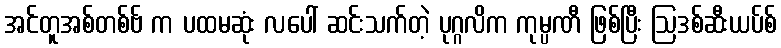
အင်တူအစ်တစ်ဗ် က ပထမဆုံး လပေါ် ဆင်းသက်တဲ့ ပုဂ္ဂလိက ကုမ္ပဏီ ဖြစ်ပြီး ဩဒစ်ဆီးယပ်စ်